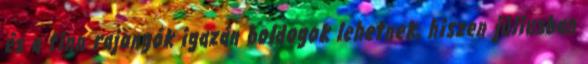
és a finn rajongók igazán boldogok lehetnek, hiszen júliusban